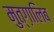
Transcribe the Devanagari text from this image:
मुत्ग़ालिब